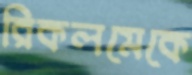
রিকলমেকে